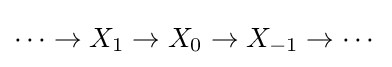
\cdots \to X_{1}\to X_{0}\to X_{-1}\to \cdots